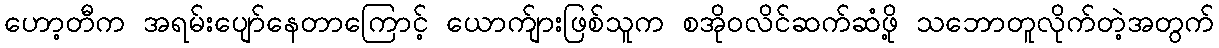
ဟော့တီက အရမ်းပျော်နေတာကြောင့် ယောက်ျားဖြစ်သူက စအိုဝလိင်ဆက်ဆံဖို့ သဘောတူလိုက်တဲ့အတွက်